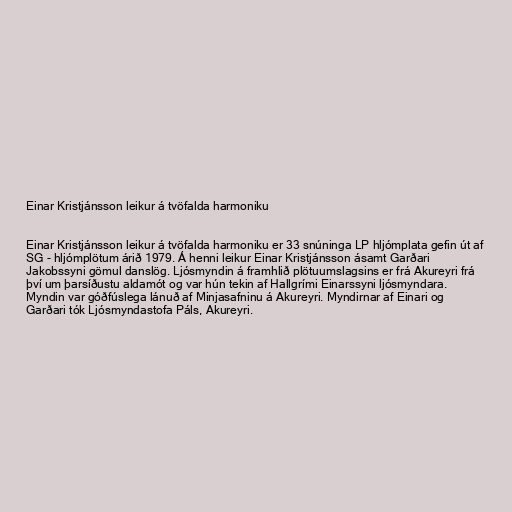
Einar Kristjánsson leikur á tvöfalda harmoniku

Einar Kristjánsson leikur á tvöfalda harmoniku er 33 snúninga LP hljómplata gefin út af
SG - hljómplötum árið 1979. Á henni leikur Einar Kristjánsson ásamt Garðari
Jakobssyni gömul danslög. Ljósmyndin á framhlið plötuumslagsins er frá Akureyri frá
því um þarsíðustu aldamót og var hún tekin af Hallgrími Einarssyni ljósmyndara.
Myndin var góðfúslega lánuð af Minjasafninu á Akureyri. Myndirnar af Einari og
Garðari tók Ljósmyndastofa Páls, Akureyri.